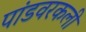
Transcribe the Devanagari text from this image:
पांडवरकली